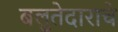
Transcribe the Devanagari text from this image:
बलुतेदाराचे